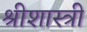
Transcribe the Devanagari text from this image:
श्रीशास्त्री